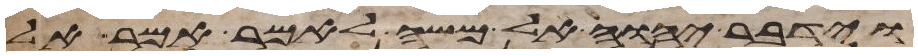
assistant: וידבר יהוה אל משה לאמר אמר אל